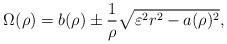
LaTeX: \begin{align*}\Omega(\rho)=b(\rho)\pm \frac{1}{\rho} \sqrt{\varepsilon^2 r^2-a(\rho)^2},\end{align*}